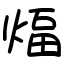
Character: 煏